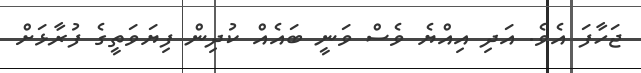
ޖަހާފަ އެވެ. އަދި އިއްޔެ ވެސް ވަނީ ބައެއް ކުދިން ފިޔަވަތީގެ ފުރާޅަށް